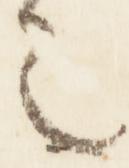
之